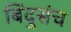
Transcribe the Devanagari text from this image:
बिंदुसंच